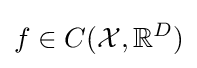
f\in C({\mathcal {X}},\mathbb {R} ^{D})